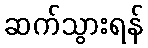
ဆက်သွားရန်